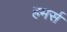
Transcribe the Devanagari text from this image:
हमर्स